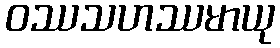
ဝဿသဟဿမာယု